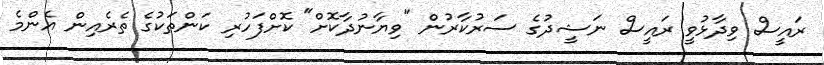
ރައީސް ވިދާޅުވީ ރައީސް ނަޝީދުގެ ސަރުކާރުން "ވިޔާނުދާކޮށް" ކޮށްފަހުރި ކަންތަކުގެ ތެރެއިން އެންމެ